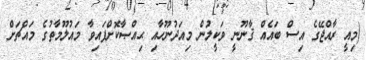
(މިއީ ރާއްޖޭގެ އިސް ބައެއް ޤާނޫނީ ވަކީލުން މިއަދުނޫހާއި ޙިއްޞާކޮށްފައިވާ މައުލޫމާތުގެ މައްޗަށް